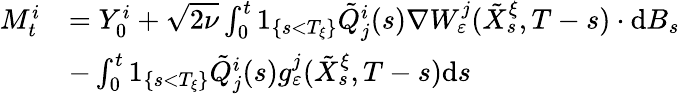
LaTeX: \begin{array}{rl}{M_{t}^{i}}&{=Y_{0}^{i}+\sqrt{2\nu}\int_{0}^{t}1_{\{ s<T_{\xi}\} }\tilde{Q}_{j}^{i}(s)\nabla W_{\varepsilon}^{j}(\tilde{X}_{s}^{\xi},T-s)\cdot\textrm{d}B_{s}}\\ &{-\int_{0}^{t}1_{\{ s<T_{\xi}\} }\tilde{Q}_{j}^{i}(s)g_{\varepsilon}^{j}(\tilde{X}_{s}^{\xi},T-s)\textrm{d}s}\end{array}